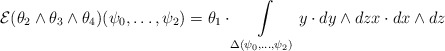
\begin{align*} \mathcal{E} (\theta_2\wedge \theta_3\wedge \theta_4) (\psi_0,\dots,\psi_{2})=\theta_1 \cdot \int\limits_{\Delta(\psi_0,\dots,\psi_{2})} y \cdot dy \wedge dz x \cdot dx \wedge dz \end{align*}